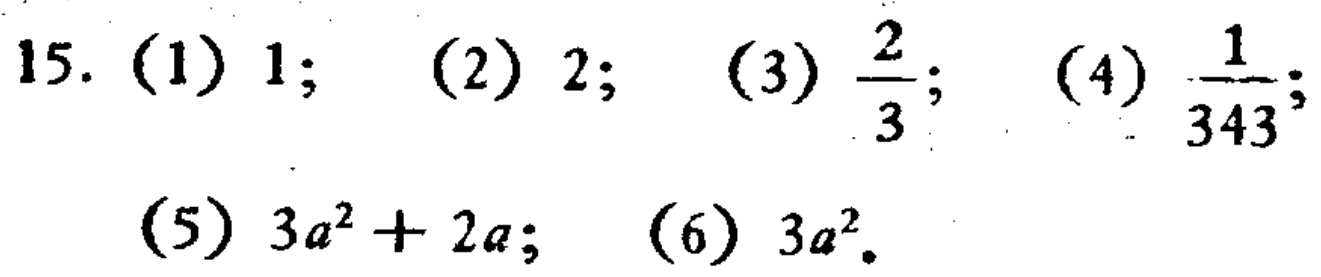
15. (1) $1$; (2) $2$; (3) $\frac{2}{3}$; (4) $\frac{1}{343}$; (5) $3a^{2}+2a$; (6) $3a^{2}$.